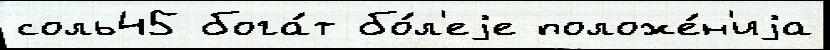
соль45 бога́т бо́л'еjе положе́н'иjа